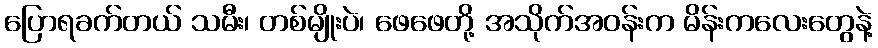
ပြောရခက်တယ် သမီး၊ တစ်မျိုးပဲ၊ ဖေဖေတို့ အသိုက်အဝန်းက မိန်းကလေးတွေနဲ့